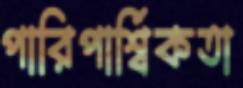
পারিপার্শ্বিকতা